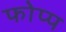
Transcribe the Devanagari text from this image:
फोप्प